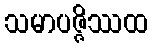
သမာပဇ္ဇိဿထ